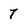
Character: 7